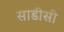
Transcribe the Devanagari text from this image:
साडीसी